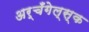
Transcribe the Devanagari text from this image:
अर्चँगेल्स्क